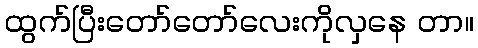
ထွက်ပြီးတော်တော်လေးကိုလှနေ တာ။